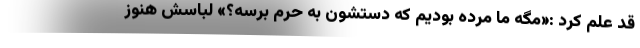
قد علم کرد :«مگه ما مرده بودیم که دستشون به حرم برسه؟» لباسش هنوز